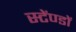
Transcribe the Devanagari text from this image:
स्टेंण्डों